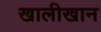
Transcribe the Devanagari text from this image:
खालीखान